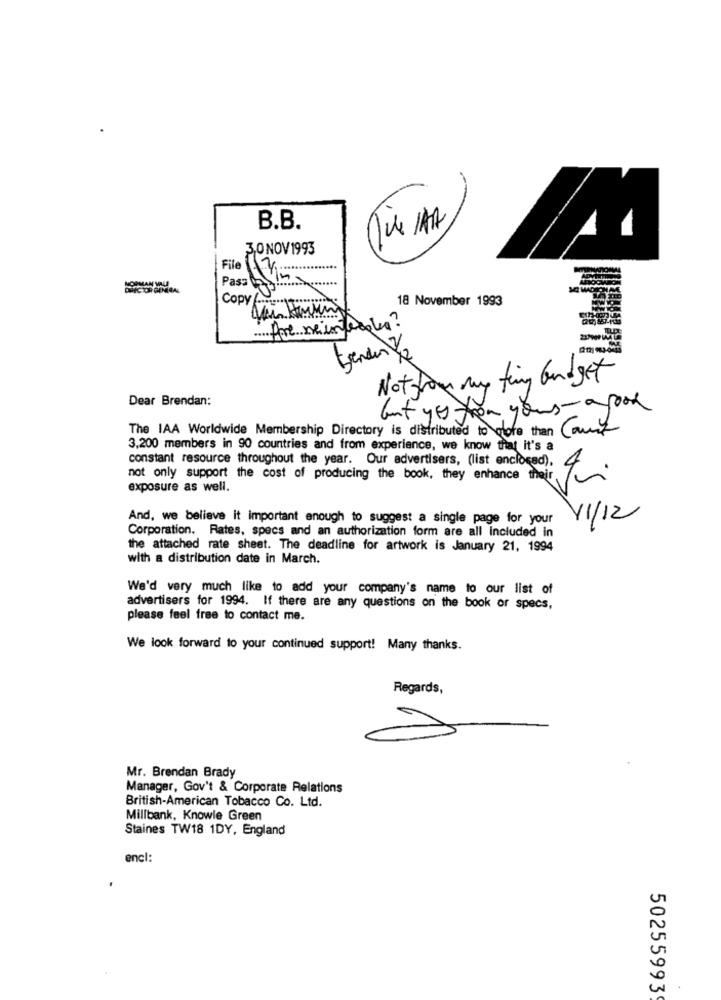
B.B.
3
3.0 NOV 1993
File
Pass
NORMAN WILL
Copy / ....
18 November 1993
Vi Housing
Pre meiinterola?
Not on my fing budget
Dear Brendan:
but yes from your a look
The IAA Worldwide Membership Directory is distributed to clore than Cant
3,200 members in 90 countries and from experience, we know that it's a
constant resource throughout the year. Our advertisers, (list enclosed).
not only support the cost of producing the book, they enhance their,
exposure as well.
And, we believe it important enough to suggest a single page for your
11/12
Corporation. Rates, specs and an authorization form are all included in
the attached rate sheet. The deadline for artwork is January 21, 1994
with a distribution date in March.
We'd very much like to add your company's name to our list of
advertisers for 1994. If there are any questions on the book or specs,
please feel free to contact me.
We look forward to your continued support! Many thanks.
Regards,
Mr. Brendan Brady
Manager, Gov't & Corporate Relations
British-American Tobacco Co. Ltd.
Millbank, Knowle Green
Staines TW18 1DY, England
encl:
50255993